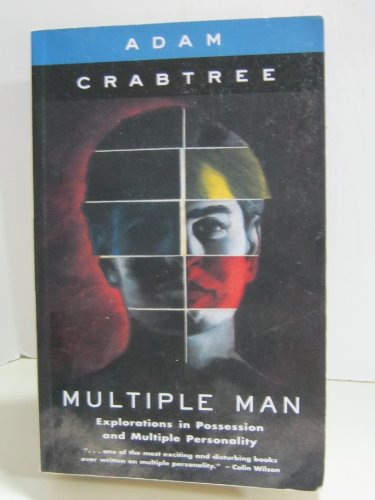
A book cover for Multiple Man : Explorations in Possession and Multiple Personality; ADAM CRABTREE; Health, Fitness & Dieting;